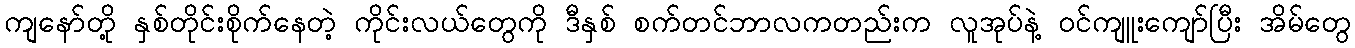
ကျနော်တို့ နှစ်တိုင်းစိုက်နေတဲ့ ကိုင်းလယ်တွေကို ဒီနှစ် စက်တင်ဘာလကတည်းက လူအုပ်နဲ့ ဝင်ကျူးကျော်ပြီး အိမ်တွေ